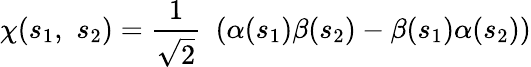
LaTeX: \chi(s_{1},\, \, s_{2})={\frac{1}{\sqrt{2}}}\, \, \left(\alpha(s_{1})\beta(s_{2})-\beta(s_{1})\alpha(s_{2})\right)